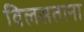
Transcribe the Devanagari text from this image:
विलसताना